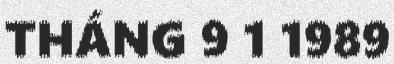
THÁNG 9 1 1989